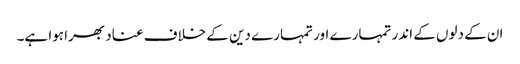
ان کے دلوں کے اندر تمہارے اور تمہارے دین کے خلاف عناد بھرا ہوا ہے۔